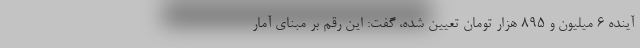
آینده 6 میلیون و 895 هزار تومان تعیین شده، گفت: این رقم بر مبنای آمار